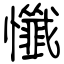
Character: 懺